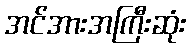
အင်အားအကြီးဆုံး